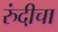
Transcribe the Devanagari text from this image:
रुंदी़चा